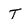
Character: T